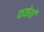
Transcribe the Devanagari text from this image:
कवोयों